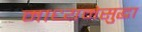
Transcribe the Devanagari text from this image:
माध्यमेसुद्धा